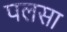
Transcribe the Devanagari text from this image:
पलसा